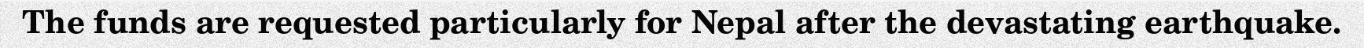
The funds are requested particularly for Nepal after the devastating earthquake.